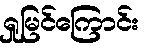
ရှုမြင်ကြောင်း